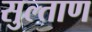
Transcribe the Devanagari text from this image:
सुल्ताण